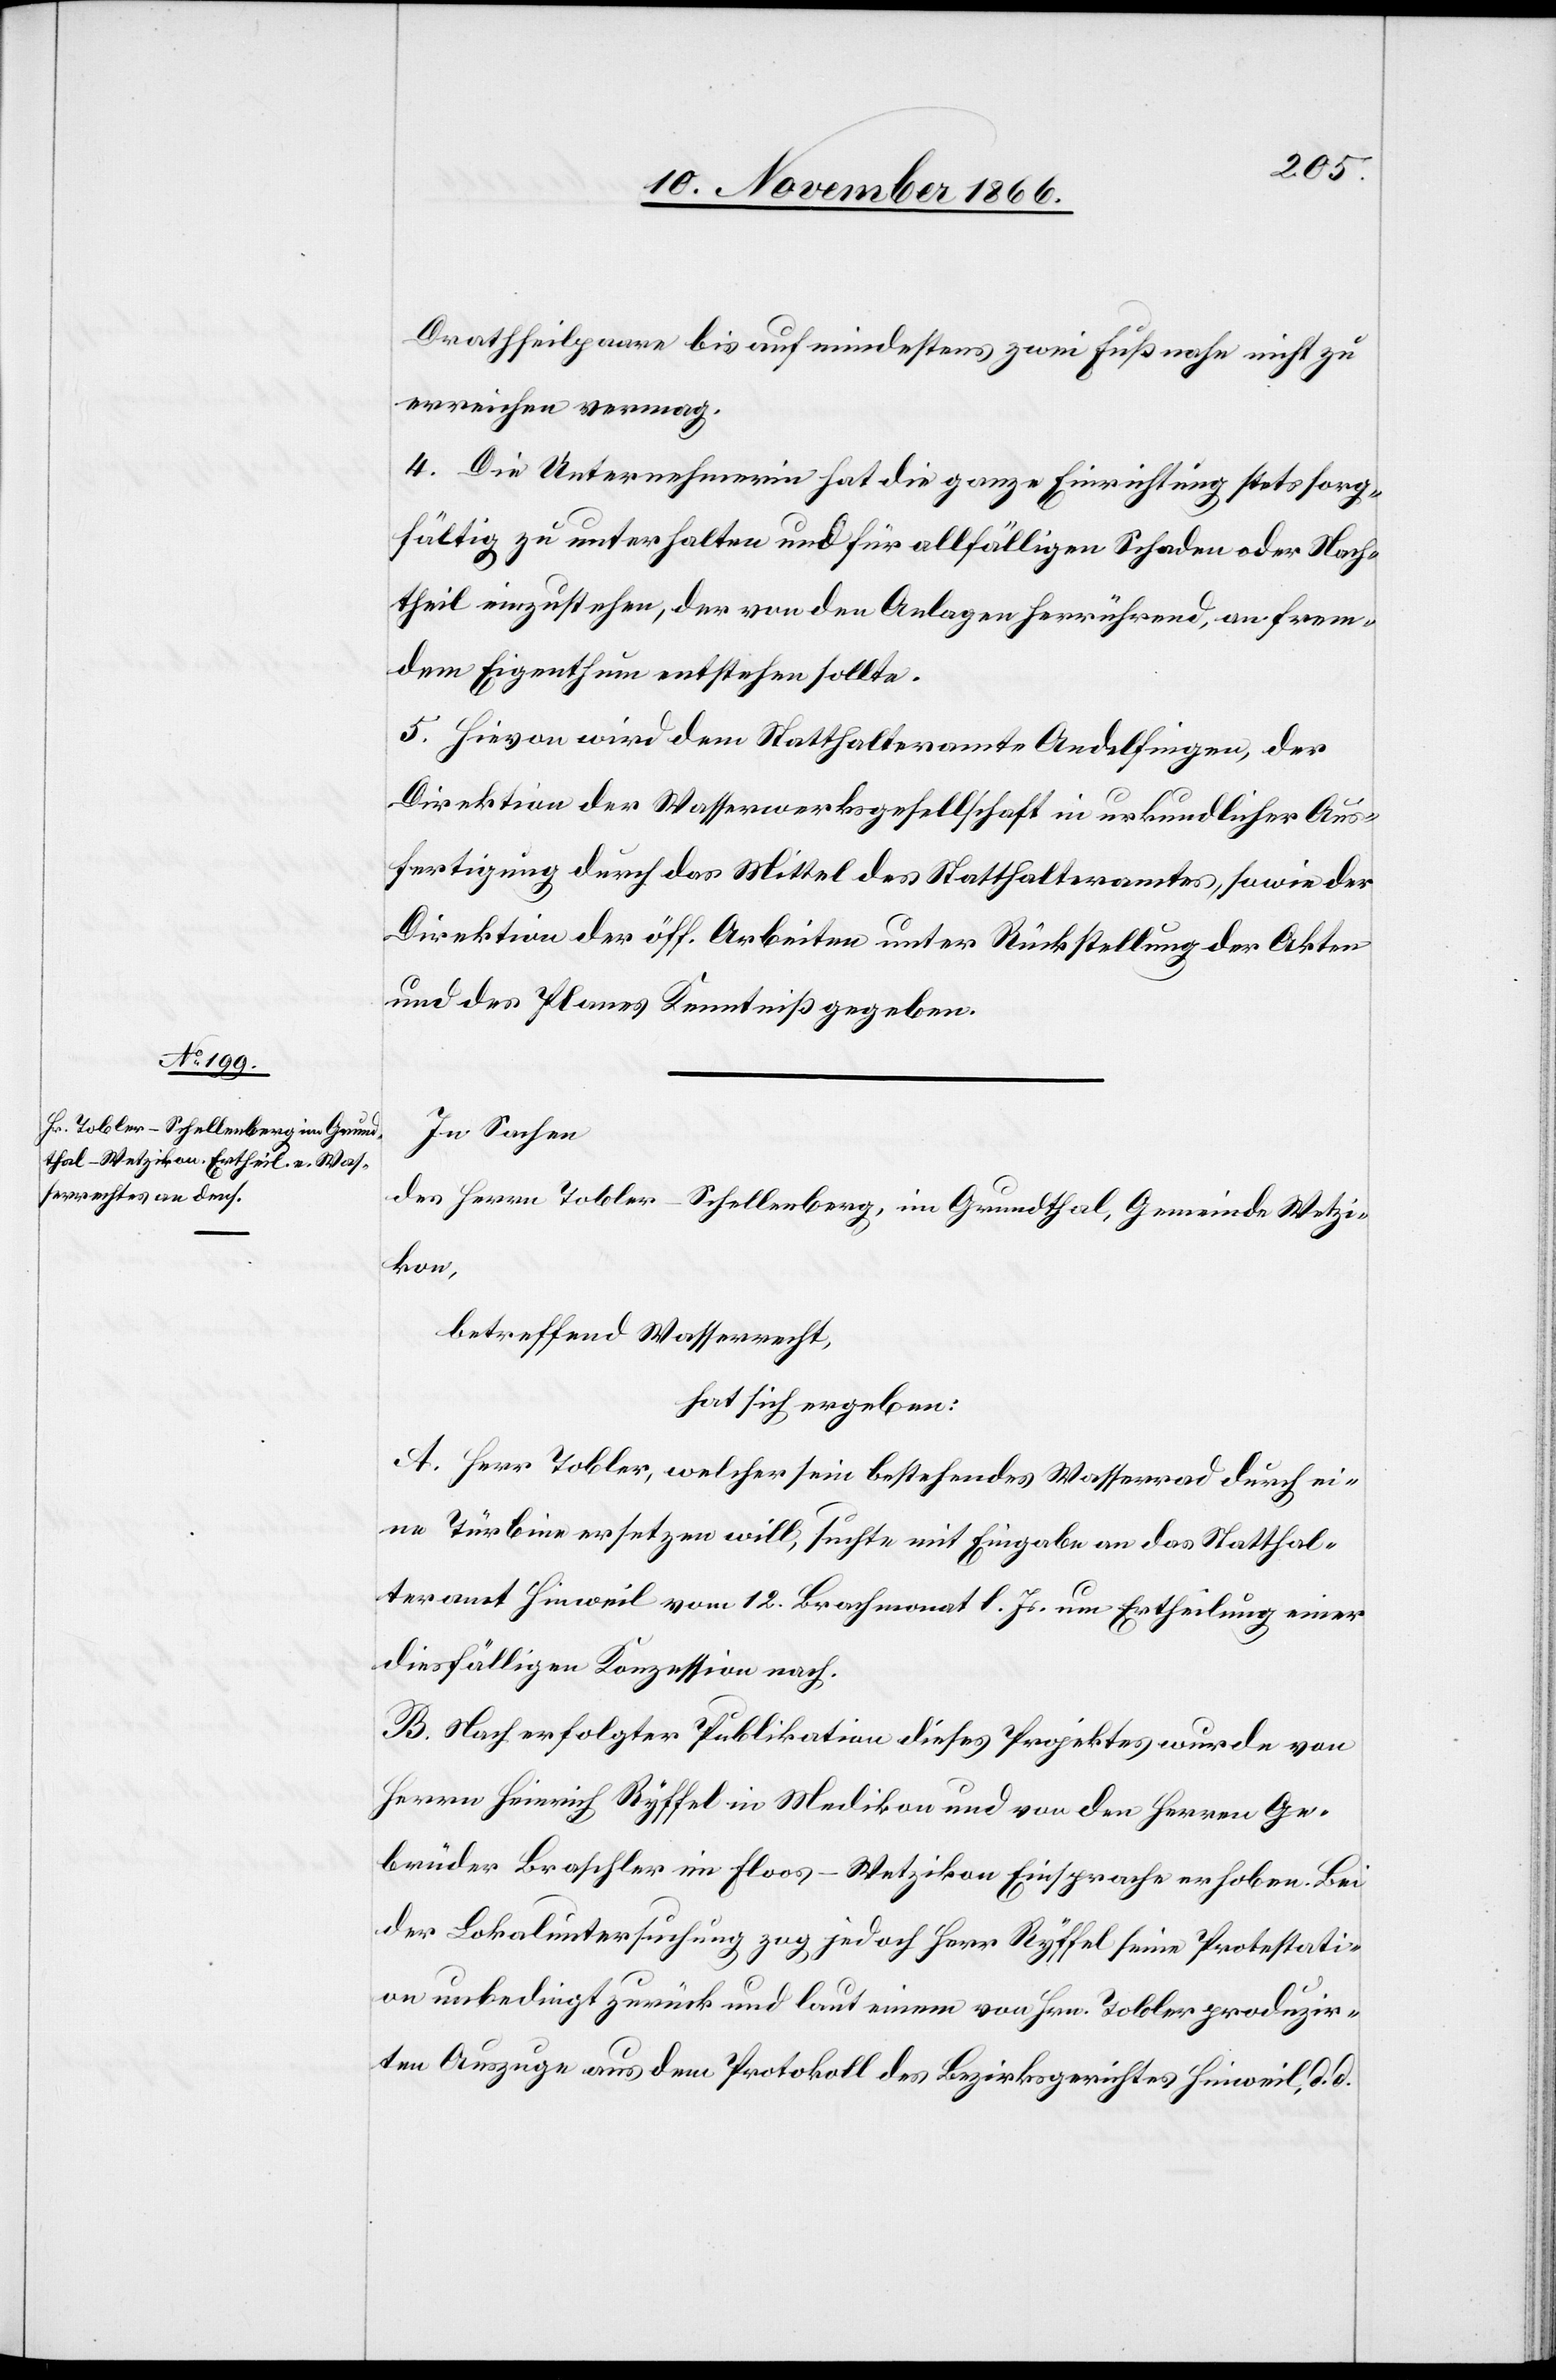
Drathseilpaare bis auf mindestens zwei Fuß nahe nicht zu
erreichen vermag.
4. Die Unternehmerin hat die ganze Einrichtung stets sorg¬
fältig zu unterhalten und für allfälligen Schaden oder Nach¬
theil einzustehen, der von den Anlagen herrührend, an frem¬
dem Eigenthum entstehen sollte.
5. Hievon wird dem Statthalteramte Andelfingen, der
Direktion der Wasserwerksgesellschaft in urkundlicher Aus¬
fertigung durch das Mittel des Statthalteramtes, sowie der
Direktion der öff. Arbeiten unter Rückstellung der Akten
und des Planes Kenntniß gegeben.
In Sachen
des Herrn Tobler-Schellenberg, im Grundthal, Gemeinde Wetzi¬
kon,
betreffend Wasserrecht,
hat sich ergeben:
A. Herr Tobler, welcher sein bestehendes Wasserrad durch ei¬
ne Türbine ersetzen will, suchte mit Eingabe an das Statthal¬
teramt Hinweil vom 12. Brachmonat l. Js. um Ertheilung einer
diesfälligen Konzession nach.
B. Nach erfolgter Publikation dieses Projektes wurde von
Herrn Heinrich Ryffel in Medikon und von den Herren Ge¬
brüder Braschler im Floos-Wetzikon Einsprache erhoben. Bei
der Lokaluntersuchung zog jedoch Herr Ryffel seine Protestati¬
on unbedingt zurück und laut einem von Hrn. Tobler produzir¬
ten Auszuge aus dem Protokoll des Bezirksgerichtes Hinweil, d. d.